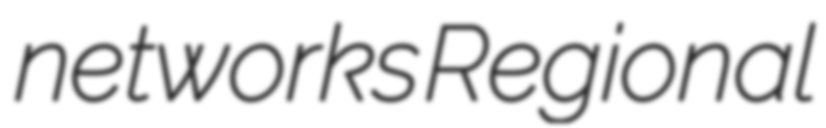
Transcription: networks Regional